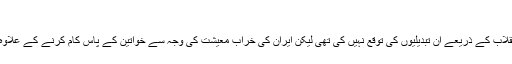
‘
آیت اللہ خمینی نے انقلاب کے ذریعے ان تبدیلیوں کی توقع نہیں کی تھی لیکن ایران کی خراب معیشت کی وجہ سے خواتین کے پاس کام کرنے کے علاوہ کوئی چارہ نہیں تھا۔